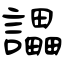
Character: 讄